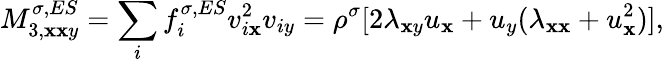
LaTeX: M_{3,\mathbf{x}\mathbf{x}y}^{\sigma,ES}=\sum_{i}f_{i}^{\sigma,ES}v_{i\mathbf{x}}^{2}v_{iy}=\rho^{\sigma}[2\lambda_{\mathbf{x}y}u_{\mathbf{x}}+u_{y}(\lambda_{\mathbf{x}\mathbf{x}}+u_{\mathbf{x}}^{2})],